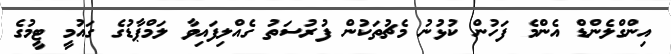
އިންގްލެންޑް އެންމެ ފަހުން ކުޅުނު މެޗުތަކުން ފުރުސަތު ގެއްލިފައިވާ ލަމްޕާޑުގެ ގައުމީ ޓީމުގެ